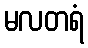
မလတရံ